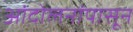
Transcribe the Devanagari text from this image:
आंदोलनांपासून